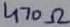
Text: 470Ω